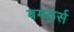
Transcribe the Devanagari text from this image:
बगलर्स